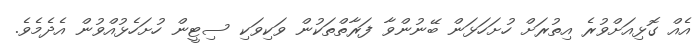
އެއް ގޮޅިއަށްވުރެ އިތުރަށް ހުށަހަޅަން ބޭނުންވާ ފަރާތްތަކުން ވަކިވަކި ސިޓީން ހުށަހެޅުއްވުން އެދެމެވެ.